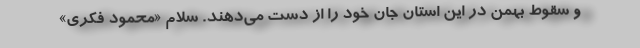
و سقوط بهمن در این استان جان خود را از دست می‌دهند. سلام «محمود فکری»